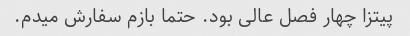
پیتزا چهار فصل عالی بود. حتما بازم سفارش میدم.